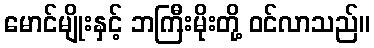
မောင်မျိုးနှင့် ဘကြီးမိုးတို့ ဝင်လာသည်။